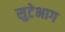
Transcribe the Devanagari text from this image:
सुटेभाग